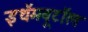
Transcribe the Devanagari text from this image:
इथॅमबूटॉल